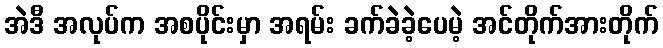
အဲဒီ အလုပ်က အစပိုင်းမှာ အရမ်း ခက်ခဲခဲ့ပေမဲ့ အင်တိုက်အားတိုက်